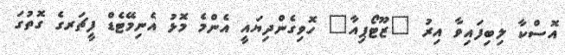
އޮސްކާ ލިބިފައިވާ އިރު "ޒޫޓޯޕިއާ" ހޮވިގެންދިޔައީ އެންމެ މޮޅު އެނިމޭޓެޑް ފީޗަރގެ ގޮތުގަ